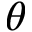
\boldsymbol \theta